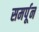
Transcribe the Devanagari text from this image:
समर्पून